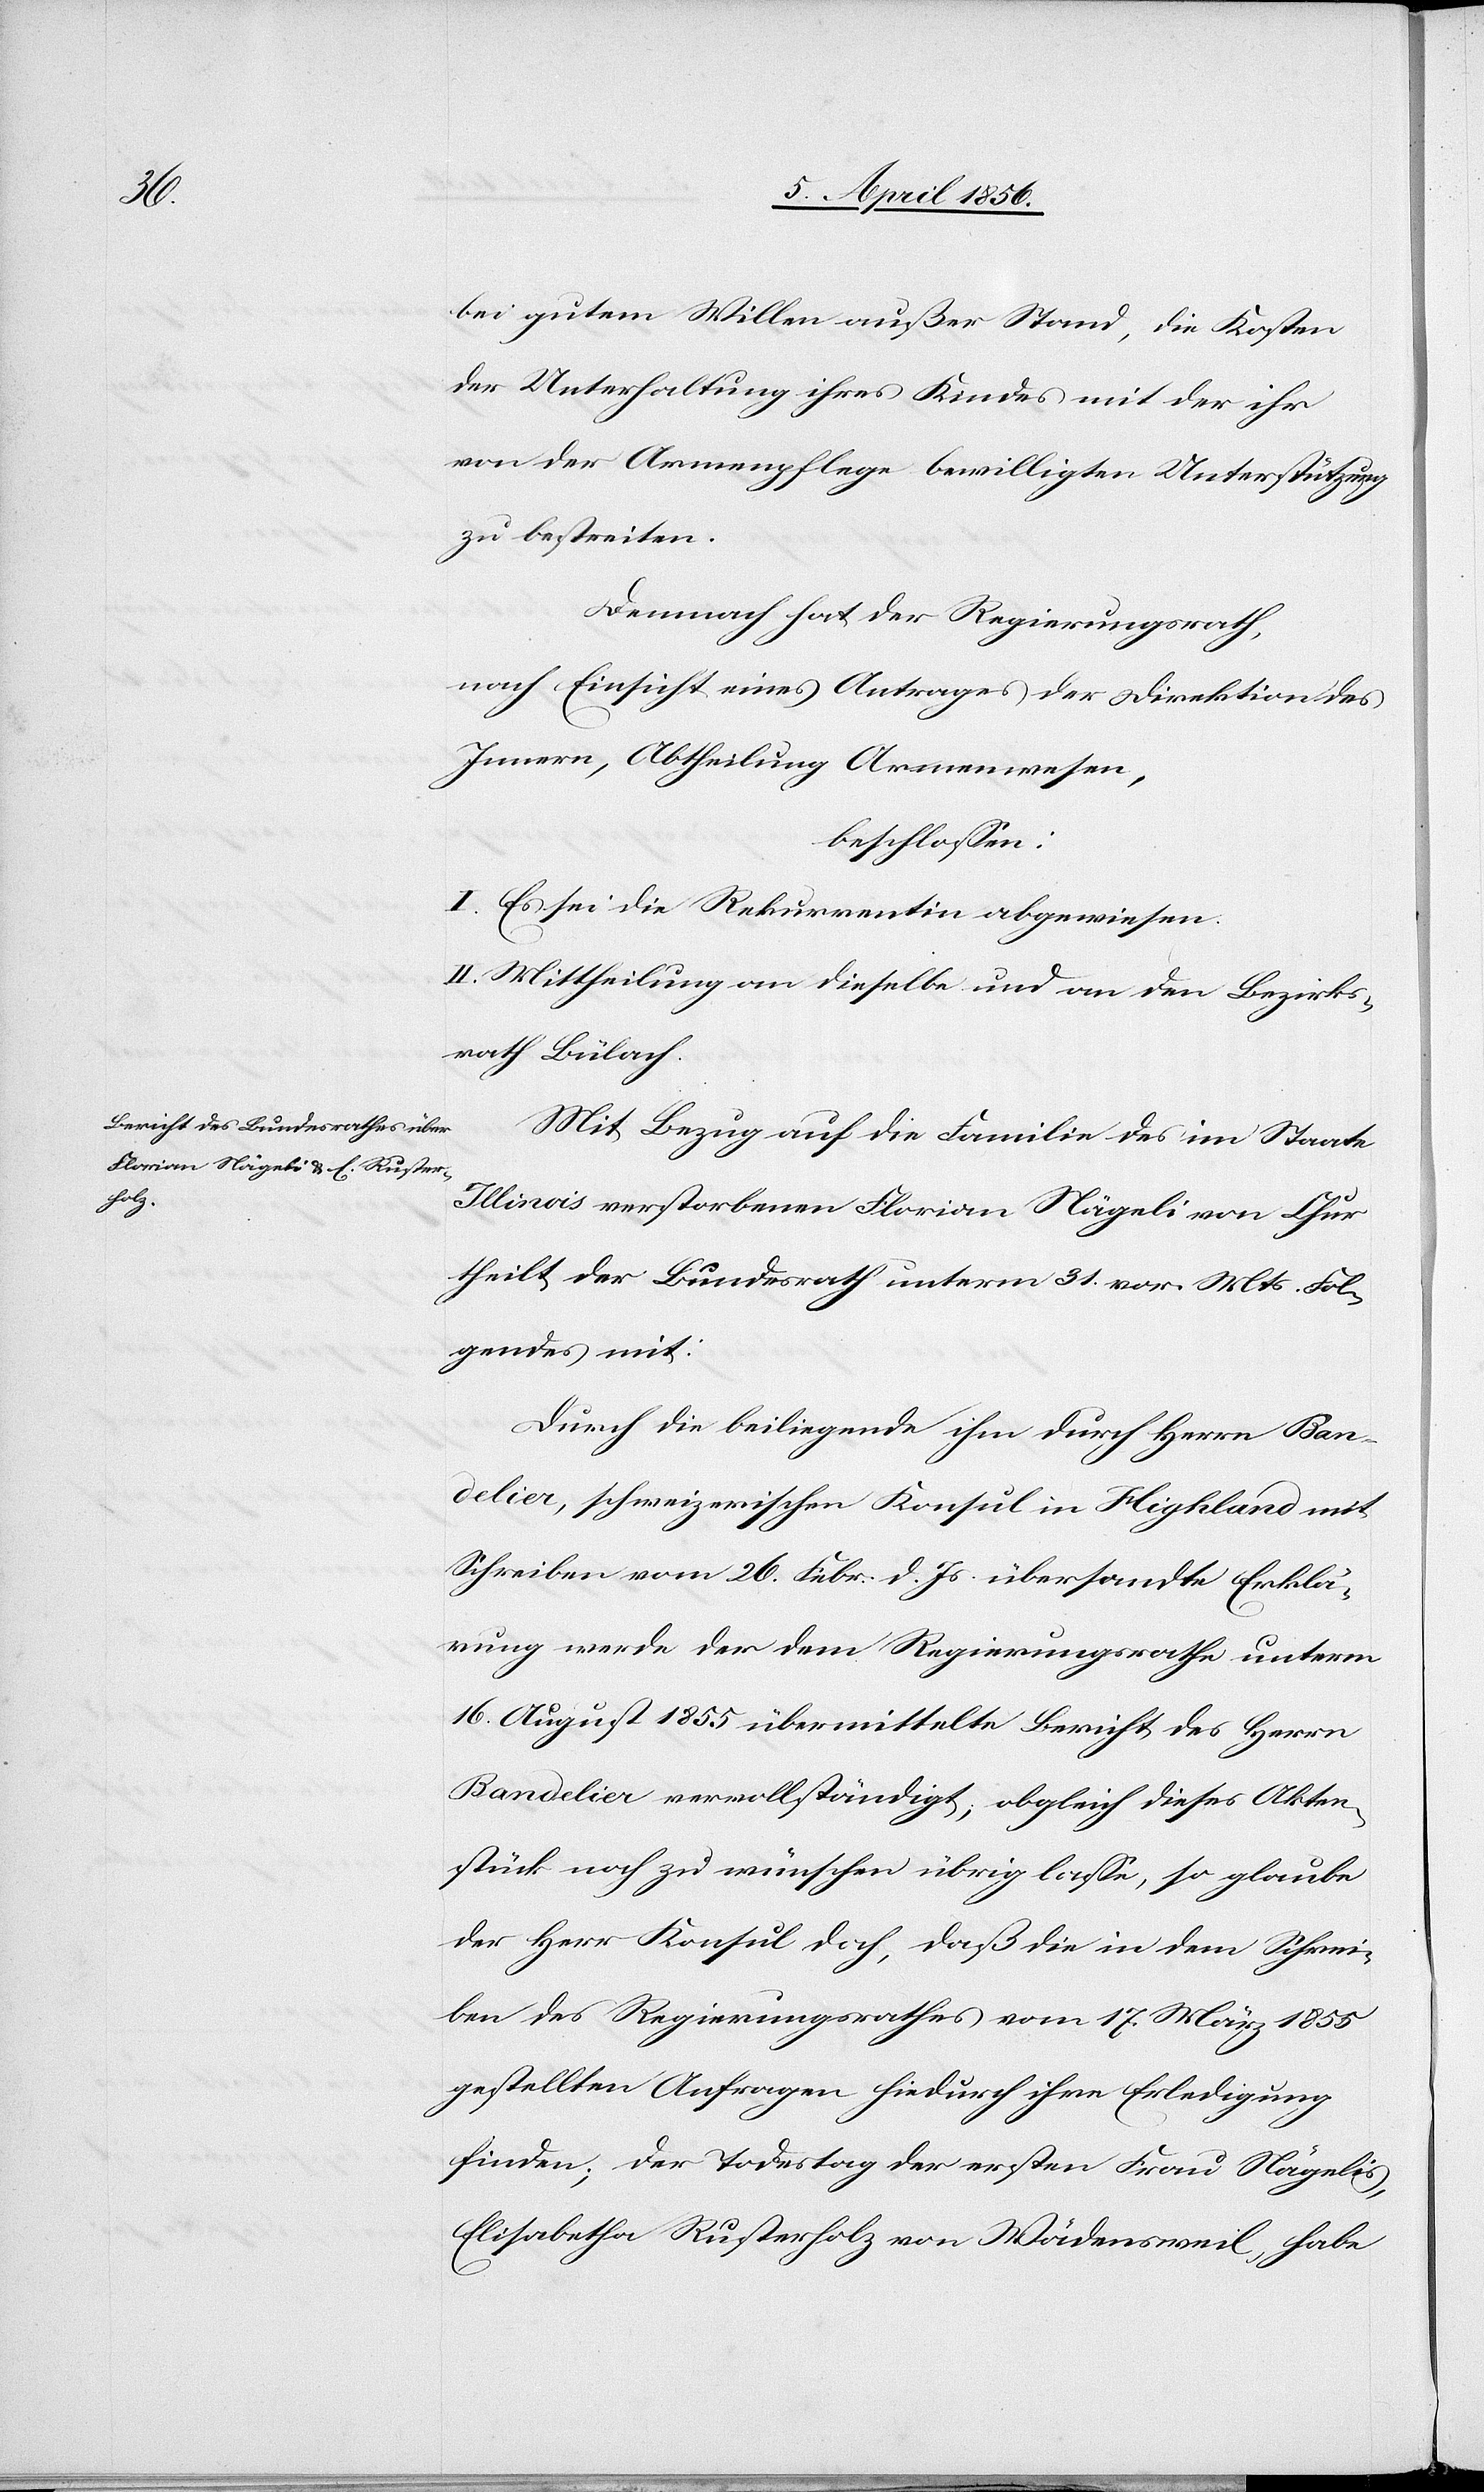
bei gutem Willen außer Stand, die Kosten
der Unterhaltung ihres Kindes mit der ihr
von der Armenpflege bewilligten Unterstützung
zu bestreiten.
Demnach hat der Regierungsrath,
nach Einsicht eines Antrages der Direktion des
Innern, Abtheilung Armenwesen,
beschlossen:
I. Es sei die Rekurrentin abgewiesen.
II. Mittheilung an dieselbe und an den Bezirks¬
rath Bülach.
Mit Bezug auf die Familie des im Staate
Illinois verstorbenen Florian Nägeli von Chur
theilt der Bundesrath unterm 31. vor. Mts. Fol¬
gendes mit:
Durch die beiliegende ihm durch Herrn Ban¬
delier, schweizerischen Konsul in Highland mit
Schreiben vom 26. Febr. d. Js. übersandte Erklä¬
rung werde der dem Regierungsrathe unterm
16. August 1855 übermittelte Bericht des Herrn
Bandelier vervollständigt; obgleich dieses Akten¬
stück noch zu wünschen übrige lasse, so glaube
der Herr Konsul doch, daß die in dem Schrei¬
ben des Regierungsrathes vom 17. März 1855
gestellten Anfragen hiedurch ihre Erledigung
finden; der Todestag der ersten Frau Nägelis,
Elisabetha Rusterholz von Wädensweil, habe